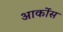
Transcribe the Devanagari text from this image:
आर्कोस